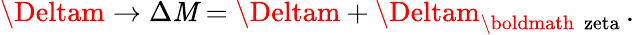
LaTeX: \Deltam\rightarrow\Delta\mathit{M}=\Deltam+\Deltam_{\mathrm{{\boldmath~\ zeta~}}}.